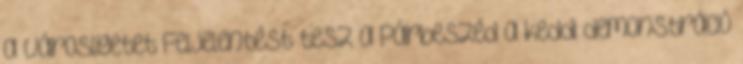
a Városligetet Feljelentést tesz a Párbeszéd a keddi demonstráció